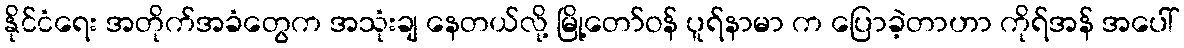
နိုင်ငံရေး အတိုက်အခံတွေက အသုံးချ နေတယ်လို့ မြို့တော်ဝန် ပူရ်နာမာ က ပြောခဲ့တာဟာ ကိုရ်အန် အပေါ်